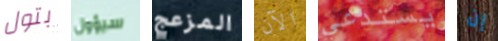
بتول سيؤول المزعج الآن يستدعي إن